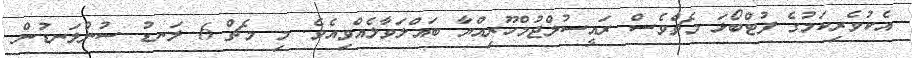
އެކުވެރިކަމުގެ ފުޓްބޯޅަ މެޗްވެސް ރައީސުލްޖުމްހޫރިއްޔާ ބައްލަވާލެއްވިއެވެ. މި މެޗް 6 ލަނޑު ސުންލަނޑުން